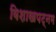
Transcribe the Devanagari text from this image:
विशाखपट्‌नम